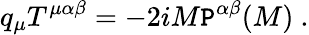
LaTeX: q_{\mu}T^{\mu\alpha\beta}=-2iM\mathtt{P}^{\alpha\beta}(M)~.